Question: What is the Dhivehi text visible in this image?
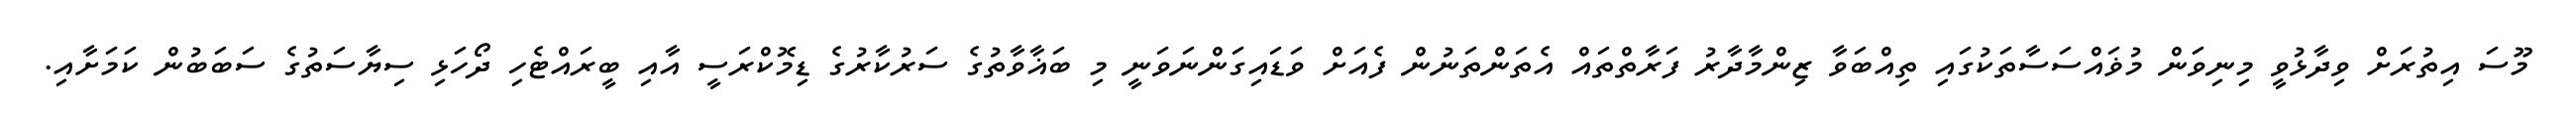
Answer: މޫސަ އިތުރަށް ވިދާޅުވީ މިނިވަން މުޥައްސަސާތަކުގައި ތިއްބަވާ ޒިންމާދާރު ފަރާތްތައް އެތަންތަނުން ފެއަށް ވަޑައިގަންނަވަނީ މި ބަޣާވާތުގެ ސަރުކާރުގެ ޑިމޮކްރަސީ އާއި ބީރައްޓެހި ދޯހަޅި ސިޔާސަތުގެ ސަބަބުން ކަމަށާއި.